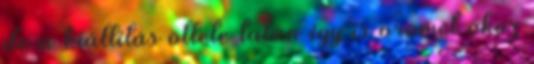
de a kiállítás ötlete talán így is örömet okoz